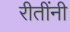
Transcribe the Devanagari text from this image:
रीतींनी